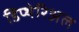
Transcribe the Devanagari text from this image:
डिप्थेरिअल